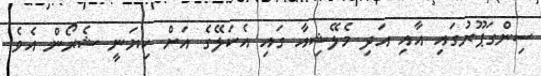
ސިންގަޕޫރުގައި އާއި އަދި މެލޭޝިއާ ގައި އެކަލޭގެ އަށް ކިޔަނީ ޝެރޯން އެވެ.